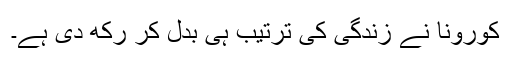
کورونا نے زندگی کی ترتیب ہی بدل کر رکھ دی ہے۔